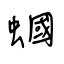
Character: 蟈